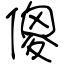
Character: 傻